Scottish Leaving Certificate Examination, 1959
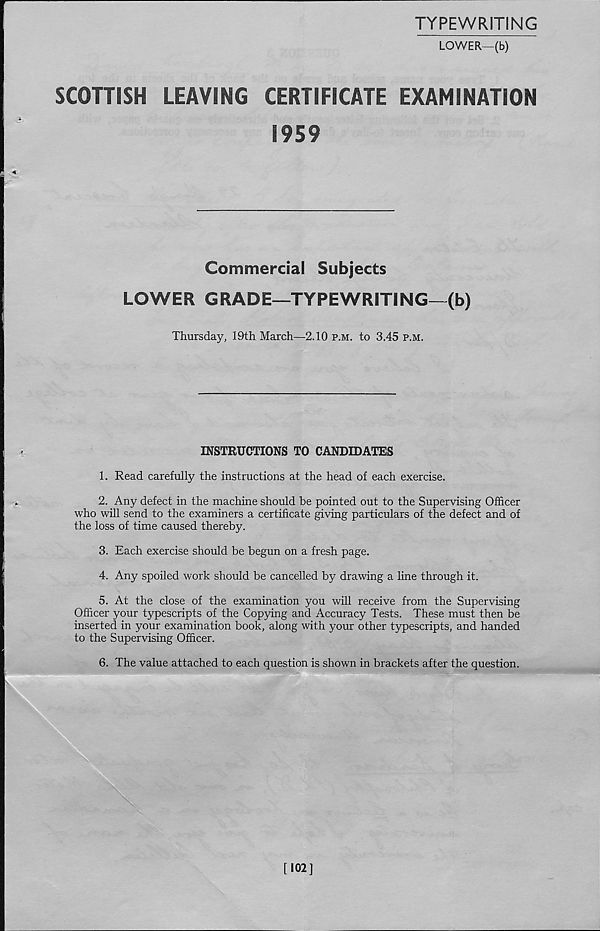
TYPEWRITING
LOWER—(b)
SCOHISH
LEAVING
CERTIFICATE EXAMINATION
1959
Commercial Subjects
LOWER GRADE—TYPEWRITING—(b)
Thursday, 19th March—2.10 p.m. to 3.45 p.m.
INSTRUCTIONS TO CANDIDATES
1. Read carefully the instructions at the head of each exercise.
2. Any defect in the machine should be pointed out to the Supervising Officer
who will send to the examiners a certificate giving particulars of the defect and of
the loss of time caused thereby.
3. Each exercise should be begun on a fresh page.
4. Any spoiled work should be cancelled by drawing a line through it.
5. At the close of the examination you will receive from the Supervising
Officer your typescripts of the Copying and Accuracy Tests. These must then be
inserted in your examination book, along with your other typescripts, and handed
to the Supervising Officer.
6. The value attached to each question is shown in brackets after the question.
[102]